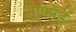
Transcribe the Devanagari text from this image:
ट्राफॉर्ड